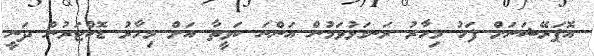
އޮޕަރޭޝަނަށް ފަހު މިހާރު ރަނގަޅުވަމުން އަންނަ ކަވީތާ އަށް މިހާރު ޑޮކްޓަރުން ދަނީ